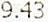
9.43